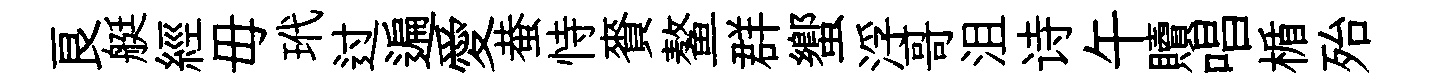
良艇經毋玳过遍愛蛬恃賚鳌群蠁浮哥沮诗午贖唱楯殆